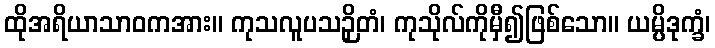
ထိုအရိယာသာဝကအား။ ကုသလူပသဉှိတံ၊ ကုသိုလ်ကိုမှီ၍ဖြစ်သော။ ယမ္ပိဒုက္ခံ၊